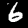
Digit: 6